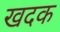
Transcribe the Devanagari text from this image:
खदक